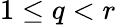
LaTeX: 1\leq q<r